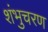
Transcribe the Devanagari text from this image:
शंभुचरण